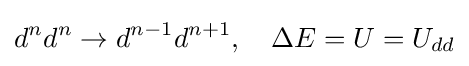
d^{n}d^{n}\rightarrow d^{n-1}d^{n+1},\quad \Delta E=U=U_{dd}